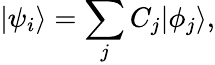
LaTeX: |\psi_{i}\rangle=\sum_{j}{C_{j}}|\phi_{j}\rangle,